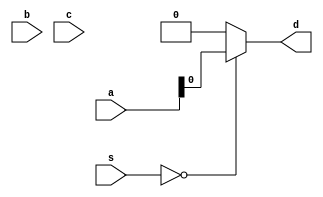
`timescale 1ns / 1ps
//////////////////////////////////////////////////////////////////////////////////
// Company: 
// Engineer: 
// 
// Design Name: 
// Module Name: mux3_1
// Project Name: 
// Target Devices: 
// Tool Versions: 
// Description: 
// 
// Dependencies: 
// 
// Revision:
// Revision 0.01 - File Created
// Additional Comments:
// 
//////////////////////////////////////////////////////////////////////////////////


module mux3_1( a, b, c, s, d);

input [31:0] a,b,c;
input [1:0] s;
output d;

assign d = (s == 2'b00) ? a : (s == 2'b00) ? b : (s == 2'b00) ? c : 32'h00000000; 
endmodule